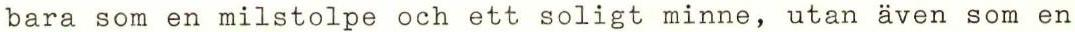
bara som en milstolpe och ett soligt minne, utan även som en